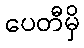
ပေတီမှိ